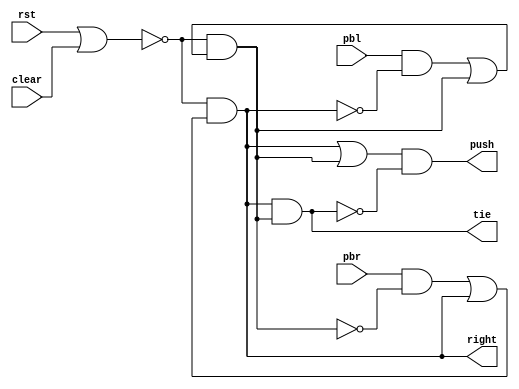
`timescale 1ns / 1ps
module PBL( pbl,pbr,rst,clear,tie,push,right );
	//input variables
	input pbr;
	input pbl;
	input rst;
	input clear;
	//output variables
	output push;
	output tie;
	output right;

	//at 1st AND gate
	wire trigger_G;
	wire trigger_H;
	//Output
	wire G;
	wire H;
	//at OR gate
	wire G_or;
	wire H_or;

	assign trigger_G = (pbl & ~H);
	assign trigger_H = (pbr & ~G);
	assign G_or =(trigger_G | G);
	assign H_or =(trigger_H | H);
	assign G = (~(rst|clear) & G_or) ;
	assign H =(~(rst|clear) & H_or);
	assign tie = H&G;//if a tie
	assign push= (H|G)&(~tie);//button pushed
	assign right=H;

endmodule